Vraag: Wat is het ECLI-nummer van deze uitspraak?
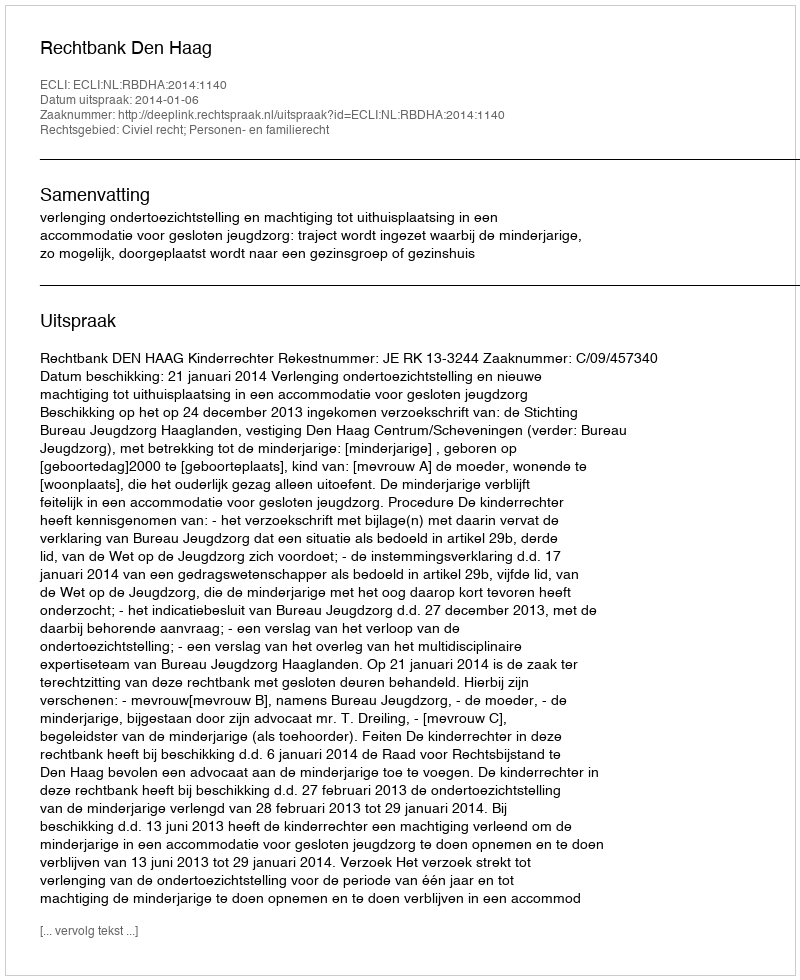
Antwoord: ECLI:NL:RBDHA:2014:1140